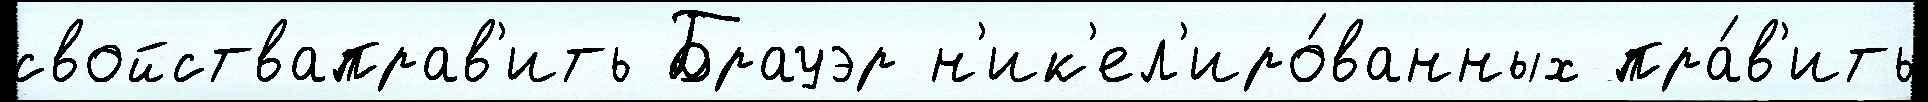
свойстваправ'ить Брауэр н'ик'ел'иро́ванных пра́в'ить